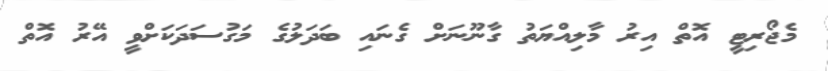
މެޖޯރިޓީ އޮތް އިރު މާލިއްޔަތު ގާނޫނަށް ގެނައި ބަދަލުގެ މަގުސަދަކަށްވީ އޭރު އޮތް